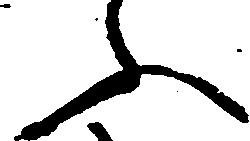
ふ